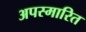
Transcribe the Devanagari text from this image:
अपस्मारित